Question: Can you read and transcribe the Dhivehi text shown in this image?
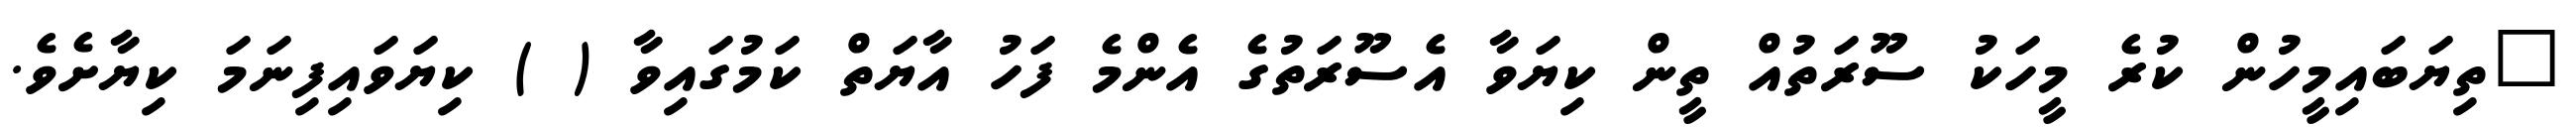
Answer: "ތިޔަބައިމީހުން ކުރެ މީހަކު ސޫރަތުއް ތީން ކިޔަވާ އެސޫރަތުގެ އެންމެ ފަހު އާޔަތް ކަމުގައިވާ ( ) ކިޔަވައިފިނަމަ ކިޔާށެވެ.